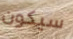
سيكون